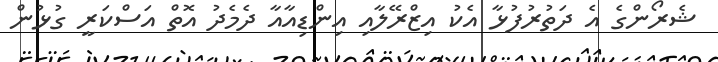
ޝެރޯންގެ އެ ދަތުުރުފުޅާ އެކު އިޒްރޭލާއި އިންޑިއާއާ ދެމެދު އޮތް އަސްކަރީ ގުޅުން